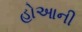
હોઆની